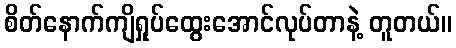
စိတ်နောက်ကျိရှုပ်ထွေးအောင်လုပ်တာနဲ့ တူတယ်။